Plague in India, 1896, 1897 - Volume 3
Year: 1896
Disease focus: Plague
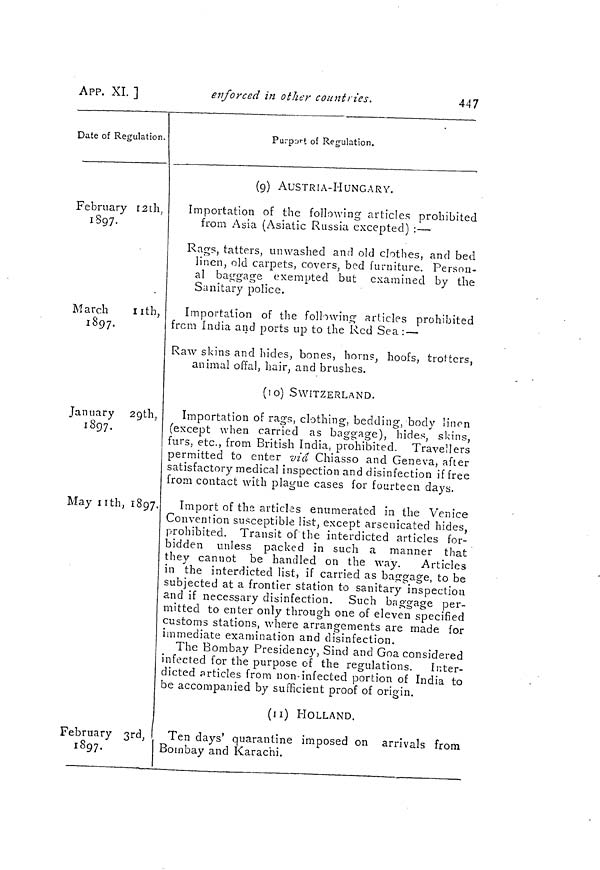
447
APP. XI. ]
enforced in other count lies.
Date of Regulation.
February 12th,
1897.
-
March
11th,
1897.
January 29th,
1897.
May 11th, 1897.
February 3rd,
1897.
Purport of Regulation.
(9) AUSTRIA-HUNGARY.
Importation of the following articles prohibited
from Asia (Asiatic Russia exceptéed) : —
Rags, tatters, unwashed and old clothes, and bed
linen, old carpets, covers, bod furniture. Person-
al baggage exempted but examined by the
Sanitary police.
Importation of the following articles prohibited
from India and ports up to the Red Sea : —
Raw skins and hides, bones, horns, hoofs, trotters,
animal offal, hair, and brushes.
(10) SWITZERLAND.
Importation of rags, clothing, bedding, body linen
(except when carried as baggage), hides, skins,
furs, etc., from British India, prohibited. Travellers
permitted to enter via Chiasso and Geneva, after
satisfactory medical inspection and disinfection if free
from contact with plague cases for fourteen days.
Import of the articles enumerated in the Venice
Convention susceptible list, except arsenicated hides,
prohibited. Transit of the interdicted articles for-
bidden unless packed in such a manner that
they cannot be handled on the way.
Articles
in the interdicted list, if carried as baggage, to be
subjected at a frontier station to sanitary inspection
and if necessary disinfection. Such baggage per-
mitted to enter only through one of eleven specified
customs stations, where arrangements are made for
immediate examination and disinfection.
The Bombay Presidency, Sind and Goa considered
infected for the purpose of the regulations. Inter-
dicted articles from non- infected portion of India to
be accompanied by sufficient proof of origin.
(ll) PIOLLAND.
Ten days' quarantine imposed on arrivals from
Bombay and Karachi.